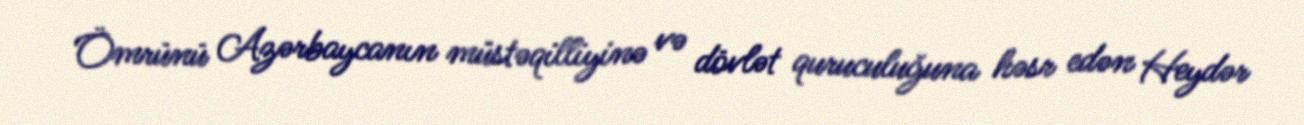
Ömrünü Azərbaycanın müstəqilliyinə və dövlət quruculuğuna həsr edən Heydər